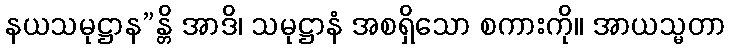
နယသမုဋ္ဌာန”န္တိ အာဒိ၊ သမုဋ္ဌာနံ အစရှိသော စကားကို။ အာယသ္မတာ